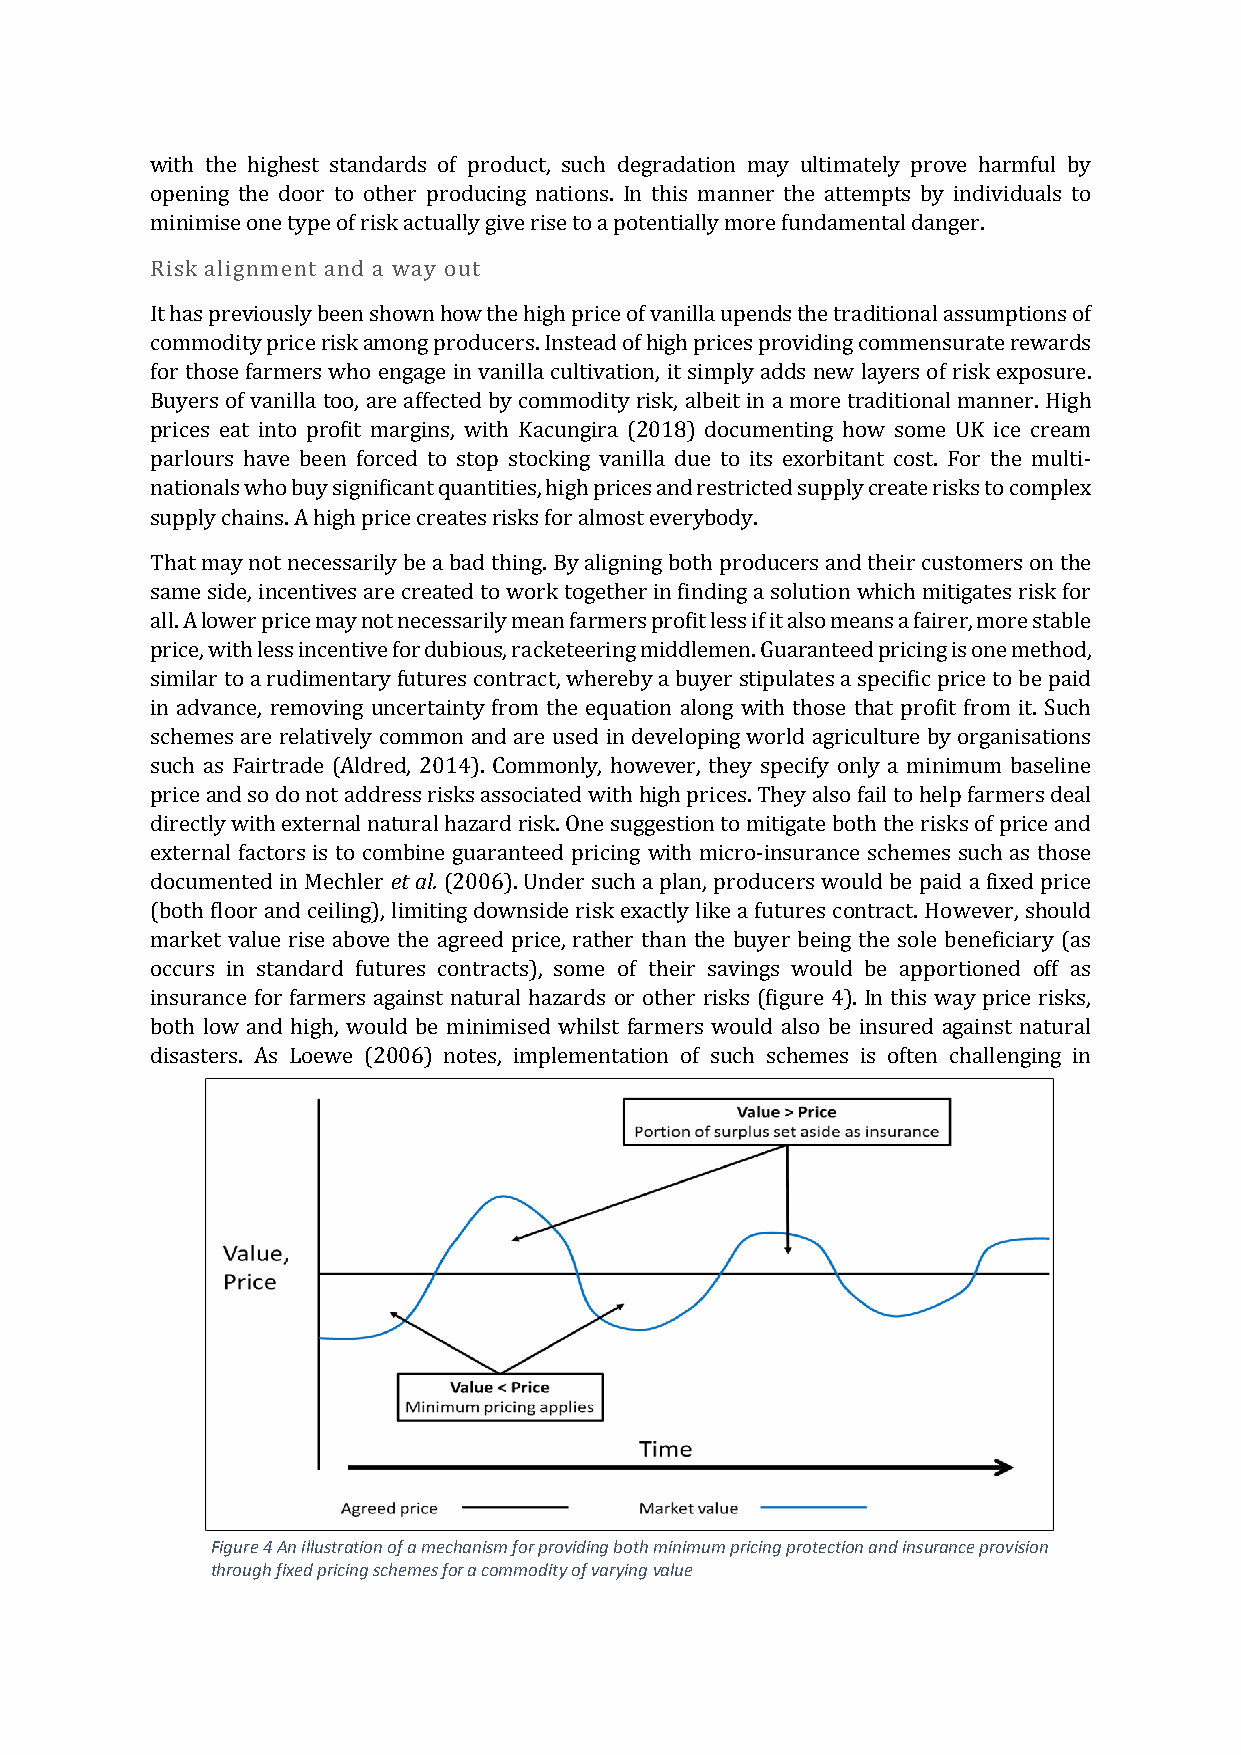
with the highest standards of product, such degradation may ultimately prove harmful by
 opening the door to other producing nations. In this manner the attempts by individuals to
 minimise one type of risk actually give rise to a potentially more fundamental danger.
 Risk alignment and a way out
 It has previously been shown how the high price of vanilla upends the traditional assumptions of
 commodity price risk among producers. Instead of high prices providing commensurate rewards
 for those farmers who engage in vanilla cultivation, it simply adds new layers of risk exposure.
 Buyers of vanilla too, are affected by commodity risk, albeit in a more traditional manner. High
 prices eat into profit margins, with Kacungira (2018) documenting how some UK ice cream
 parlours have been forced to stop stocking vanilla due to its exorbitant cost. For the multi-
 nationals who buy significant quantities, high prices and restricted supply create risks to complex
 supply chains. A high price creates risks for almost everybody.
 That may not necessarily be a bad thing. By aligning both producers and their customers on the
 same side, incentives are created to work together in finding a solution which mitigates risk for
 all. A lower price may not necessarily mean farmers profit less if it also means a fairer, more stable
 price, with less incentive for dubious, racketeering middlemen. Guaranteed pricing is one method,
 similar to a rudimentary futures contract, whereby a buyer stipulates a specific price to be paid
 in advance, removing uncertainty from the equation along with those that profit from it. Such
 schemes are relatively common and are used in developing world agriculture by organisations
 such as Fairtrade (Aldred, 2014). Commonly, however, they specify only a minimum baseline
 price and so do not address risks associated with high prices. They also fail to help farmers deal
 directly with external natural hazard risk. One suggestion to mitigate both the risks of price and
 external factors is to combine guaranteed pricing with micro-insurance schemes such as those
 documented in Mechler et al. (2006). Under such a plan, producers would be paid a fixed price
 (both floor and ceiling), limiting downside risk exactly like a futures contract. However, should
 market value rise above the agreed price, rather than the buyer being the sole beneficiary (as
 occurs in standard futures contracts), some of their savings would be apportioned off as
 insurance for farmers against natural hazards or other risks (figure 4). In this way price risks,
 both low and high, would be minimised whilst farmers would also be insured against natural
 disasters. As Loewe (2006) notes, implementation of such schemes is often challenging in
 Figure 4 An illustration of a mechanism for providing both minimum pricing protection and insurance provision
 through fixed pricing schemes for a commodity of varying value